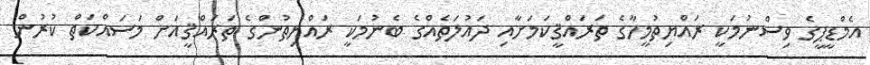
އެމްޑީޕީގެ ވިސްނުމަކީ ރައްޔިތުމީހާގެ ތަރައްޤީކަމަށާއި ދައުލަތެއްގެ ބެނުމަކީ ރައްޔިތުންގެ ތަރައްޤީއަށް މަސައްކަތް ކުރުން